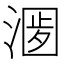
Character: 𣺀